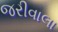
જરીવાલા